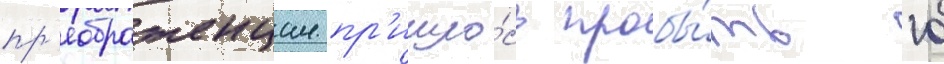
пр'еображенцам пр'ишло́сь пробы́ть 10